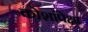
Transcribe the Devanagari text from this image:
कोशांपेक्षा